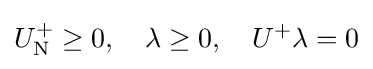
U_{\rm {N}}^{+}\geq 0,\quad \lambda \geq 0,\quad U^{+}\lambda =0